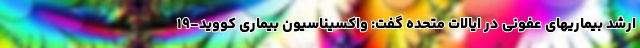
ارشد بیماریهای عفونی در ایالات متحده گفت: واکسیناسیون بیماری کووید-۱۹